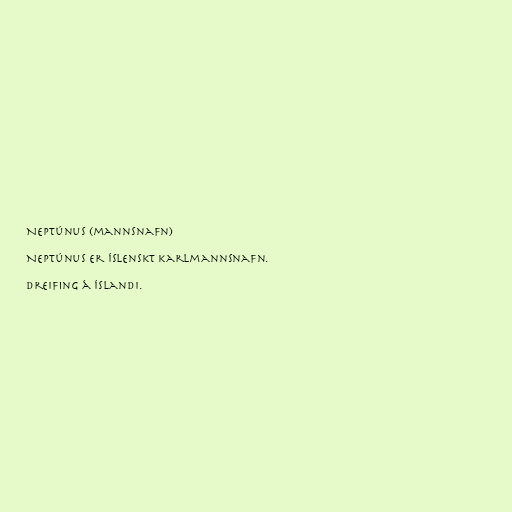
Neptúnus (mannsnafn)

Neptúnus er íslenskt karlmannsnafn.

Dreifing á Íslandi.